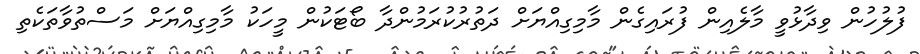
ފުލުހުން ވިދާޅުވީ މާލެއިން ފުރައިގެން މާމިގިއްޔަށް ދަތުރުކުރަމުންދާ ބޯޓަކުން މީހަކު މާމިގިއްޔަށް މަސްތުވާތަކެތި